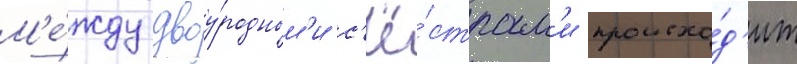
М'е́жду двоу́родным'и с'ё́страм'и происхо́д'ит